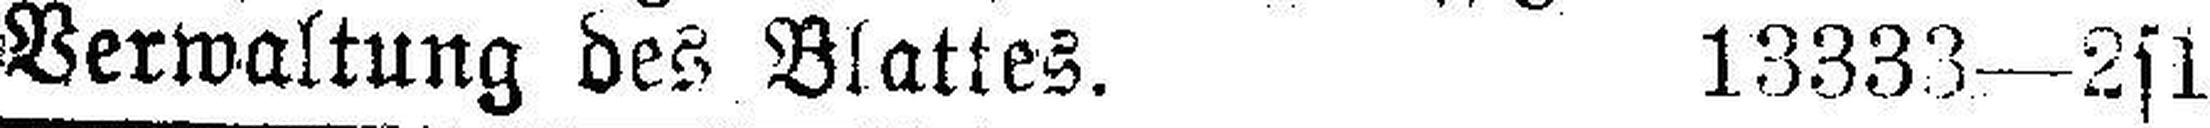
Verwaltung des Blattes. 13333—2s1